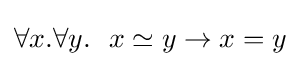
\forall x.\forall y.\ \ x\simeq y\to x=y